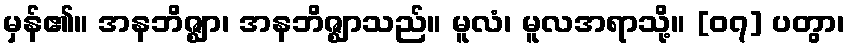
မှန်၏။ အနဘိဇ္ဈာ၊ အနဘိဇ္ဈာသည်။ မူလံ၊ မူလအရာသို့။ [၀၇] ပတွာ၊